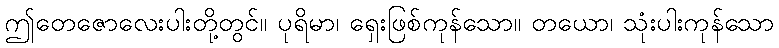
ဤတေဇောလေးပါးတို့တွင်။ ပုရိမာ၊ ရှေးဖြစ်ကုန်သော။ တယော၊ သုံးပါးကုန်သော